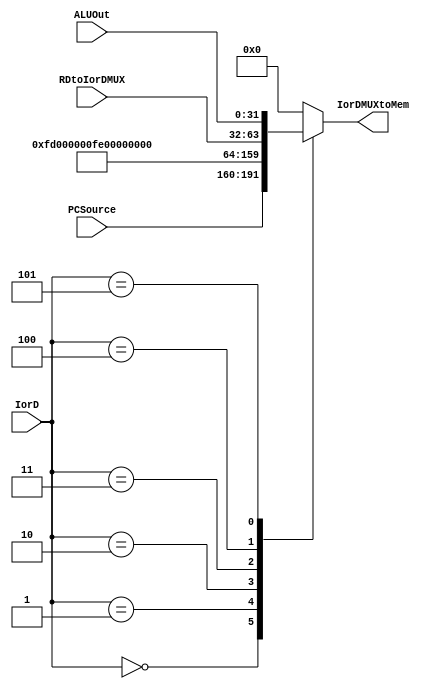
module pcToMem(
    input wire [31:0] PCSource,
    input wire [31:0] RDtoIorDMUX,
    input wire [31:0] ALUOut,
    input wire [2:0] IorD,
    output reg [31:0] IorDMUXtoMem
);

always @* begin
    case (IorD)
        3'b000: IorDMUXtoMem = PCSource;
        3'b001: IorDMUXtoMem = 32'b11111101; // 253
        3'b010: IorDMUXtoMem = 32'b11111110; // 254
        3'b011: IorDMUXtoMem = 32'b11111111; // 255
        3'b100: IorDMUXtoMem = RDtoIorDMUX;
        3'b101: IorDMUXtoMem = ALUOut;
        default: IorDMUXtoMem = 32'b0; // Default case for invalid IorD values
    endcase
end

endmodule